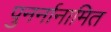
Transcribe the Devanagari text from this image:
पुनर्नानामित